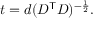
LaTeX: t = d ( D ^ { \mathsf { T } } D ) ^ { - { \frac { 1 } { 2 } } } .